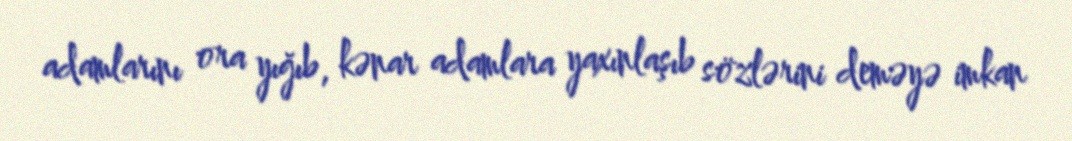
adamlarını ora yığıb, kənar adamlara yaxınlaşıb sözlərini deməyə imkan